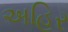
અહિર